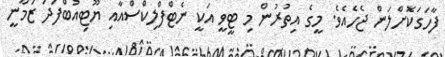
ފާހަގަކޮށްލަން ޖެހެއެވެ. މީގެ އިތުރުން މި ޓީވީ އަކީ ނެޓްފްލިކްސްއާއި ޔޫޓިއުބްފަދަ ޒަމާނީ